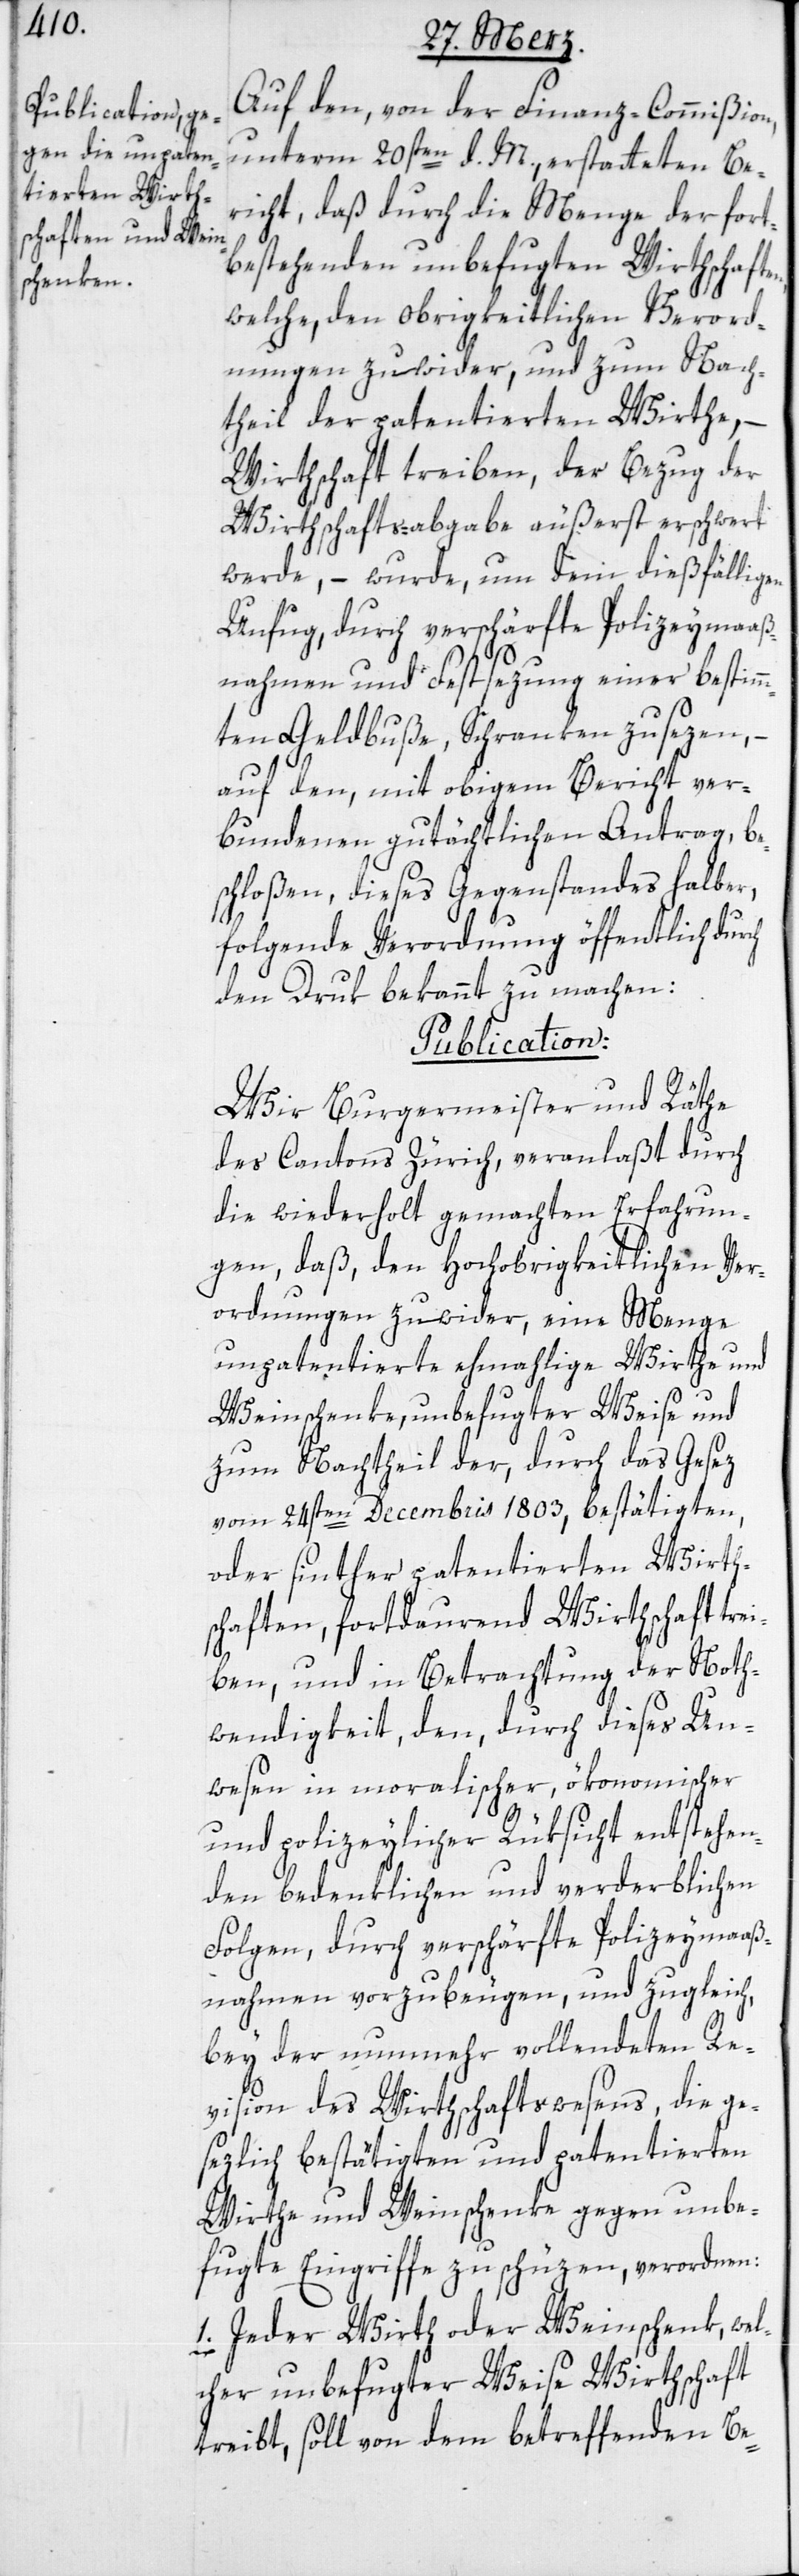
Auf den, von der Finanz-Commißion,
unterm 20sten d. M., erstatteten Be¬
richt, daß durch die Menge der fort¬
bestehenden unbefugten Wirthschaften,
welche, den obrigkeitlichen Verord¬
nungen zuwider, und zum Nach¬
theil der patentierten Wirthe, –
Wirthschaft treiben, der Bezug der
Wirthschafts-abgabe äußerst erschwert
werde, – wurde, um dem dießfälligen
Unfug, durch verschärfte Polizeymaaß¬
nahmen und Festsezung einer bestimm¬
ten Geldbuße, Schranken zu sezen, –
auf den, mit obigem Bericht ver¬
bundenen gutächtlichen Antrag, be¬
schloßen, dieses Gegenstandes halber,
folgende Verordnung öffentlich durch
den Druk bekannt zu machen:
Publication:
Wir Burgermeister und Räthe
des Cantons Zürich, veranlaßt durch
die wiederholt gemachten Erfahrun¬
gen, daß, den hochobrigkeitlichen Ver¬
ordnungen zuwider, eine Menge
unpatentierte ehemahlige Wirthe und
Weinschenke, unbefugter Weise und
zum Nachtheil der, durch das Gesez
vom 24sten Decembris 1803, bestätigten,
oder sinther patentierten Wirths¬
chaften, fortdauernd Wirthschaft tre¬
iben, und in Betrachtung der Noth¬
wendigkeit, den, durch dieses Un¬
wesen in moralischer, ökonomischer
und polizeylicher Rüksicht entstehen¬
den bedenklichen und verderblichen
Folgen, durch verschärfte Polizeymaaß¬
nahmen vorzubeugen, und zugleich,
bey der nunmehr vollendeten Re¬
vision des Wirthschaftswesens, die ge¬
sezlich bestätigten und patentierten
Wirthe und Weinschenke gegen unbe¬
fugte Eingriffe zu schüzen, verordnen:
1. Jeder Wirth oder Weinschenk, wel¬
cher unbefugter Weise Wirthschaft
treibt, soll von dem betreffenden Be-